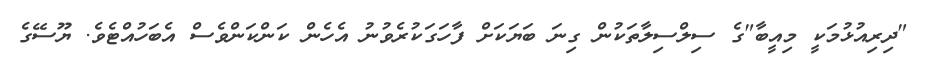
"ދިރިއުޅުމަކީ މިއީބާ"ގެ ސިލްސިލާތަކުން ގިނަ ބަޔަކަށް ފާހަގަކުރެވުނު އެހެން ކަންކަންވެސް އެބަހުއްޓެވެ. ޔޫސޭގެ